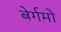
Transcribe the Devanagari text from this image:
बेर्गमो